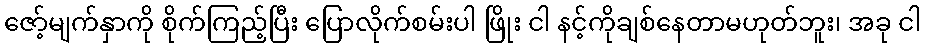
ဇော့်မျက်နှာကို စိုက်ကြည့်ပြီး ပြောလိုက်စမ်းပါ ဖြိုး ငါ နင့်ကိုချစ်နေတာမဟုတ်ဘူး၊ အခု ငါ